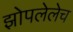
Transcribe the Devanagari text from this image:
झोपलेलेच